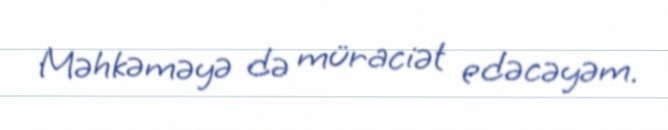
Məhkəməyə də müraciət edəcəyəm.